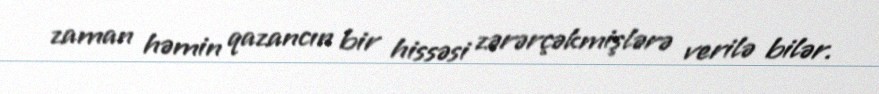
zaman həmin qazancın bir hissəsi zərərçəkmişlərə verilə bilər.